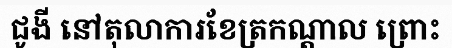
ជូងី នៅតុលាការខែត្រកណ្តាល ព្រោះ